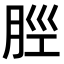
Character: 𫆞